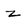
Character: z